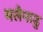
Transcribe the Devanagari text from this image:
मलैनाडु